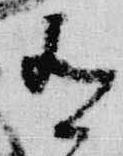
有